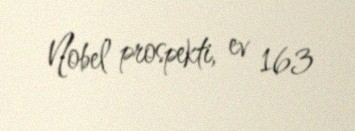
Nobel prospekti, ev 163